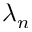
\lambda _ { n }